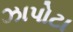
ઝાપોટા